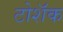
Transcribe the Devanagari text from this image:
टोशॅक